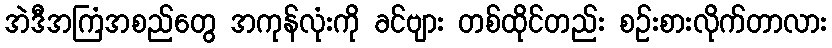
အဲဒီအကြံအစည်တွေ အကုန်လုံးကို ခင်ဗျား တစ်ထိုင်တည်း စဉ်းစားလိုက်တာလား